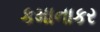
કમાનાકર